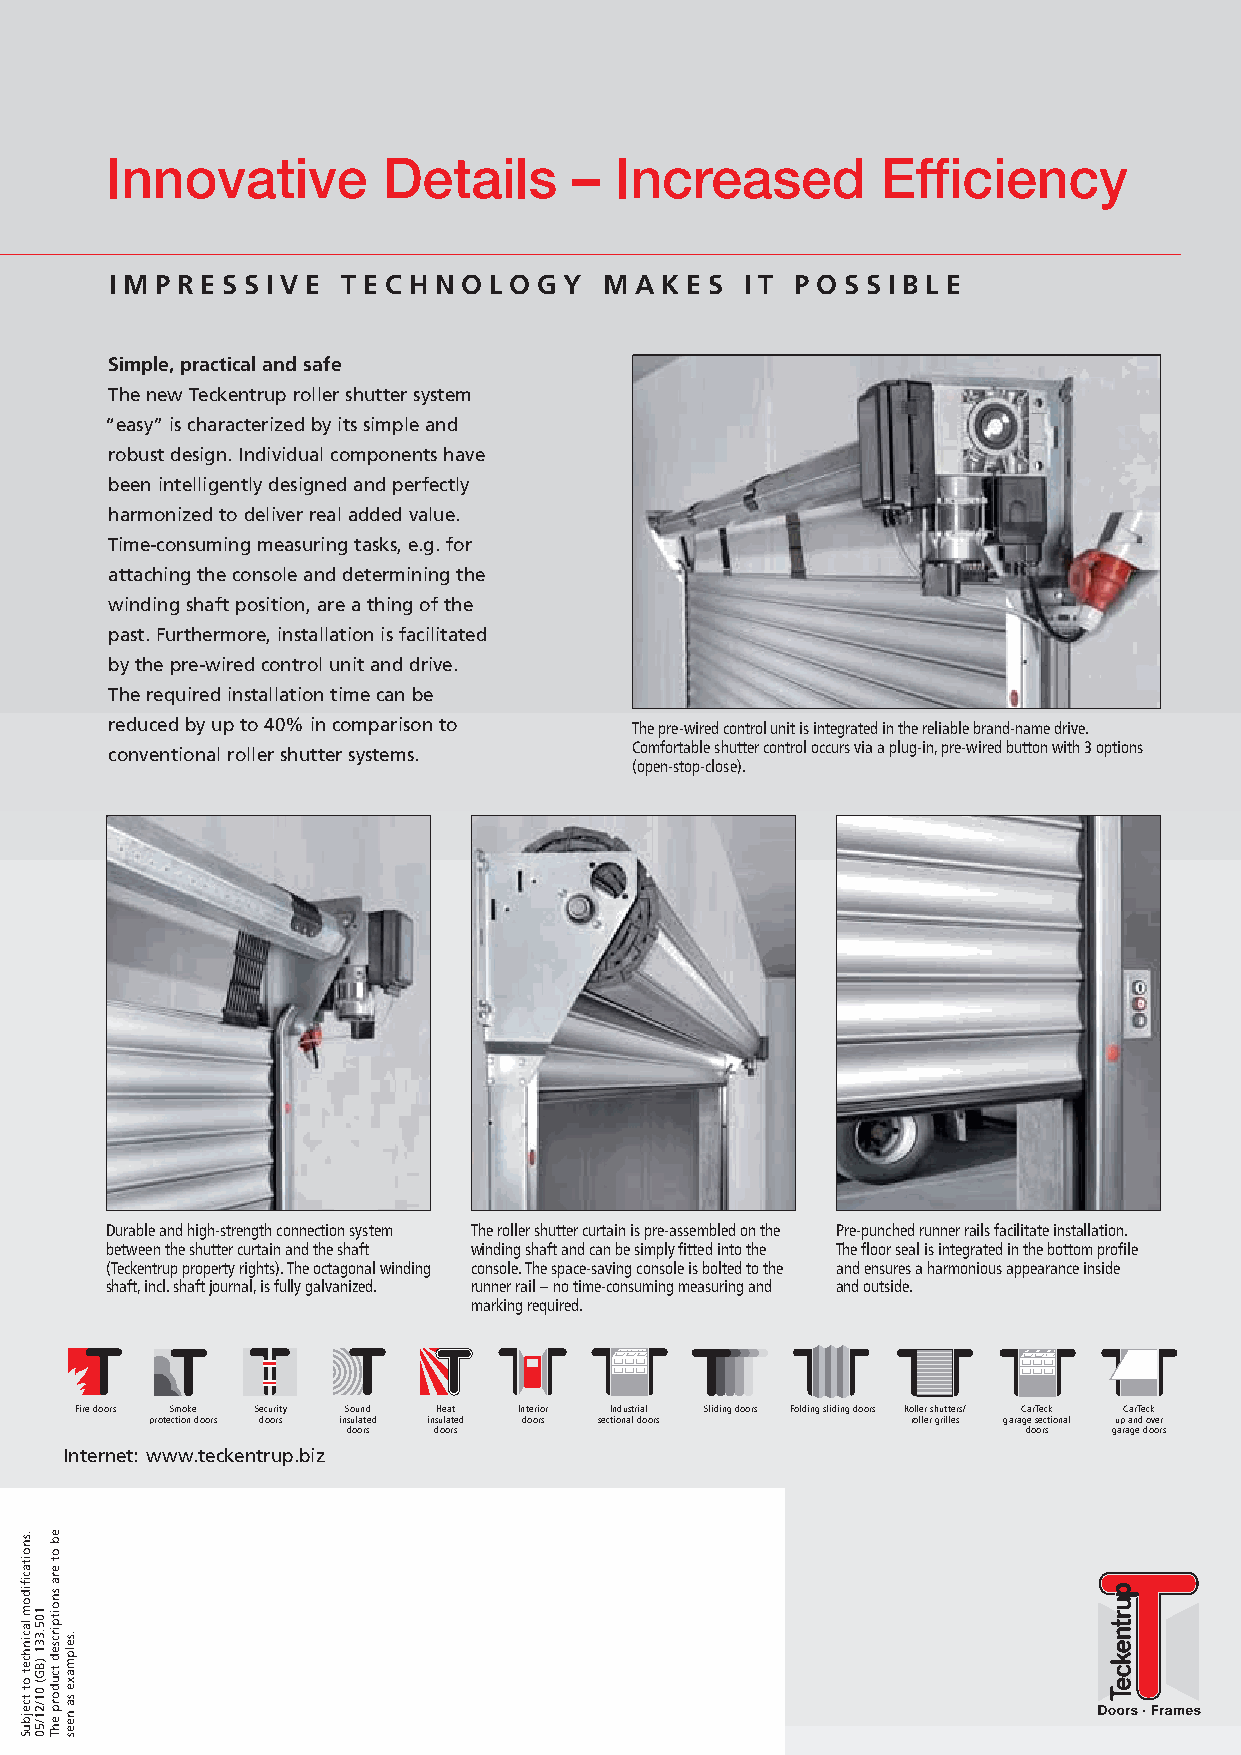
Innovative        Details      –  Increased        Efficiency
 I M P R E S S I V E T E C H N O L O G Y M A K E S I T P O S S I B L E
 Simple, practical and safe
 The new Teckentrup roller shutter system
 “easy” is characterized by its simple and
 robust design. Individual components have
 been intelligently designed and perfectly
 harmonized to deliver real added value.
 Time-consuming measuring tasks, e.g. for
 attaching the console and determining the
 winding shaft position, are a thing of the
 past. Furthermore, installation is facilitated
 by the pre-wired control unit and drive.
 The required installation time can be
 reduced by up to 40% in comparison to The pre-wired control unit is integrated in the reliable brand-name drive.
 Comfortable shutter control occurs via a plug-in, pre-wired button with 3 options
 conventional roller shutter systems.
 (open-stop-close).
 Durable and high-strength connection system The roller shutter curtain is pre-assembled on the Pre-punched runner rails facilitate installation.
 between the shutter curtain and the shaft winding shaft and can be simply fitted into the The floor seal is integrated in the bottom profile
 (Teckentrup property rights). The octagonal winding console. The space-saving console is bolted to the and ensures a harmonious appearance inside
 shaft, incl. shaft journal, is fully galvanized. runner rail –no time-consuming measuring and and outside.
 marking required.
 Fire doors Smoke Security Sound Heat Interior Industrial Sliding doors Folding sliding doors Roller shutters/ CarTeck CarTeck
 protection doors doors insulated insulated doors sectional doors roller grilles garage sectional up and over
 doors doors                                  doors garage doors
 Internet: www.teckentrup.biz
 .snoitacifidom
 lacinhcet
 ot
 tcejbuS
 105.331
 )BG(
 01/21/50
 eb
 ot
 era
 snoitpircsed
 tcudorp
 ehT
 .selpmaxe
 sa
 nees